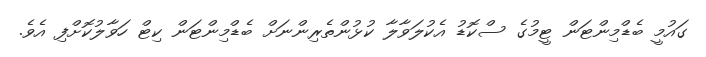
ގައުމީ ބެޑްމިންޓަން ޓީމުގެ ސްކޮޑު އެކުލަވާލާ ކުޅުންތެރިންނަށް ބެޑްމިންޓަން ކިޓް ހަވާލުކޮށްފި އެވެ.